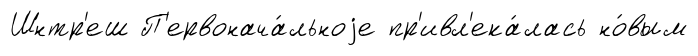
Шнтр'еш П'ервонача́льноjе пр'ивл'ека́лась но́вым